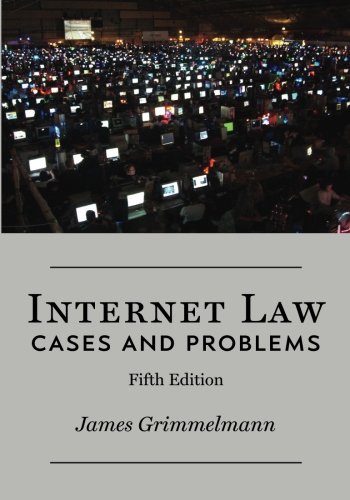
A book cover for Internet Law: Cases & Problems; James Grimmelmann; Computers & Technology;